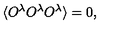
\langle O ^ { \lambda } O ^ { \lambda } O ^ { \lambda } \rangle = 0 ,